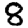
Digit: 8